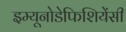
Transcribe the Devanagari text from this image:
इम्यूनोडेफिशियेंसी